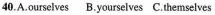
40.A.ourselves B.yourselves C.themselves